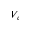
V _ { c }